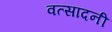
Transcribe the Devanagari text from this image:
वत्सादनी